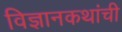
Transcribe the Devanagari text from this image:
विज्ञानकथांची